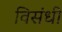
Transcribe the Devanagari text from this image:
विसंधी